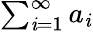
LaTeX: \textstyle\sum_{\mathit{i}=1}^{\infty}a_{\mathit{i}}